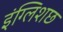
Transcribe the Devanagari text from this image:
इंग्लिशछ